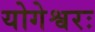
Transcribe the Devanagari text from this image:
योगेश्वरः